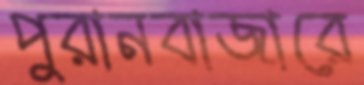
পুরানবাজারে